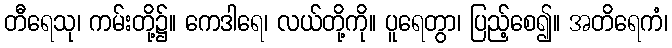
တီရေသု၊ ကမ်းတို့၌။ ကေဒါရေ၊ လယ်တို့ကို။ ပူရေတွာ၊ ပြည့်စေ၍။ အတိရေကံ၊